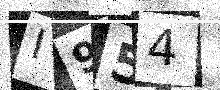
Text: I954